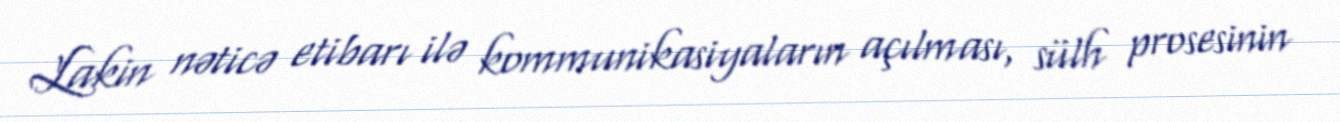
Lakin nəticə etibarı ilə kommunikasiyaların açılması, sülh prosesinin